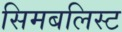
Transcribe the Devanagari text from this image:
सिमबलिस्ट